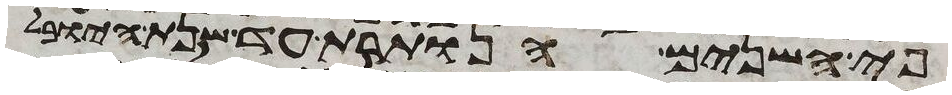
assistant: פי השנים הנותרת עד שנת היובל